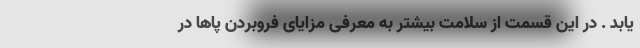
یابد . در این قسمت از سلامت بیشتر به معرفی مزایای فروبردن پاها در